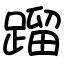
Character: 蹓